Indian journal of veterinary science and animal husbandry - Volumes 22-23, 1952-1953
Year: 1952
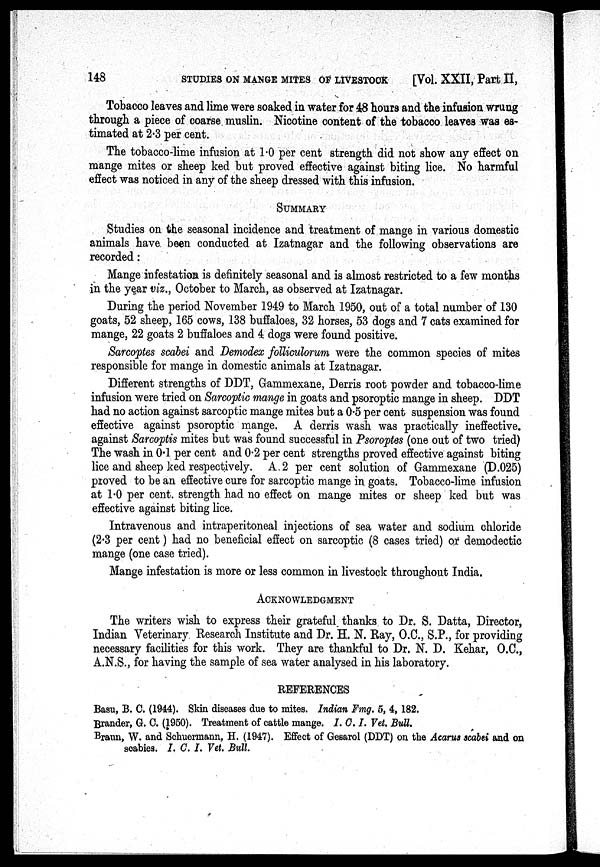
148
STUDIES ON MANGE MITES OF LIVESTOCK
[Vol. XXII, Part II,
Tobacco leaves and lime were soaked in water for 48 hours and the infusion wrung
through a piece of coarse muslin. Nicotine content of the tobacco leaves was es-
timated at 2.3 per cent.
The tobacco-lime infusion at 1.0 per cent strength did not show any effect on
mange mites or sheep ked but proved effective against biting lice. No harmful
effect was noticed in any of the sheep dressed with this infusion.
SUMMARY
Studies on the seasonal incidence and treatment of mange in various domestic
animals have been conducted at Izatnagar and the following observations are
recorded:
Mange infestation is definitely seasonal and is almost restricted to a few months
in the year viz., October to March, as observed at Izatnagar.
During the period November 1949 to March 1950, out of a total number of 130
goats, 52 sheep, 165 cows, 138 buffaloes, 32 horses, 53 dogs and 7 cats examined for
mange, 22 goats 2 buffaloes and 4 dogs were found positive.
Sarcoptes scabei and Demodex folliculorum were the common species of mites
responsible for mange in domestic animals at Izatnagar.
Different strengths of DDT, Gammexane, Derris root powder and tobacco-lime
infusion were tried on Sarcoptic mange in goats and psoroptic mange in sheep. DDT
had no action against sarcoptic mange mites but a 0.5 per cent suspension was found
effective against psoroptic mange. A derris wash was practically ineffective
against Sarcoptis mites but was found successful in Psoroptes (one out of two tried)
The wash in 0.1 per cent and 0.2 per cent strengths proved effective against biting
lice and sheep ked respectively. A. 2 per cent solution of Gammexane (D.025)
proved to be an effective cure for sarcoptic mange in goats. Tobacco-lime infusion
at 1.0 per cent. strength had no effect on mange mites or sheep ked but was
effective against biting lice.
Intravenous and intraperitoneal injections of sea water and sodium chloride
(2.3 per cent) had no beneficial effect on sarcoptic (8 cases tried) or demodectic
mange (one case tried).
Mange infestation is more or less common in livestock throughout India.
ACKNOWLEDGEMENT
The writers wish to express their grateful thanks to Dr. S. Datta, Director,
Indian Veterinary Research Institute and Dr. H. N. Ray, O.C., S.P., for providing
necessary facilities for this work. They are thankful to Dr. N. D. Kehar, O.C.,
A.N.S., for having the sample of sea water analysed in his laboratory.
REFERENCES
Basu, B. C. (1944). Skin diseases due to mites. Indian Fmg. 5, 4, 182.
Brander, G. C. (1950). Treatment of cattle mange. I.C.I. Vet. Bull.
Braun, W. and Schuermann, H. (1947). Effect of Gesarol (DDT) on the Acarus scabei and on
scabies. I. C. I. Vet. Bull.